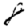
Digit: 8